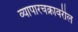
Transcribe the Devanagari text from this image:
व्यापारचक्रावरील